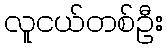
လူငယ်တစ်ဦး